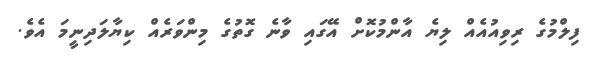
ފިލްމުގެ ރިވިއުއެއް ލިޔެ އާންމުކޮށް އޭގައި ވާނެ ގޮތުގެ މިންވަރެއް ކިޔާލަދިނީމަ އެވެ.